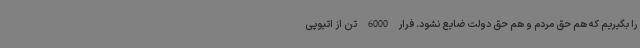
را بگیریم که هم حق مردم و هم حق دولت ضایع نشود. فرار 6000 تن از اتیوپی